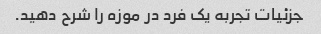
جزئیات تجربه یک فرد در موزه را شرح دهید.